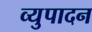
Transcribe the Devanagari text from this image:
व्युपादन